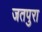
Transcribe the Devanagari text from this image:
जतपुरा